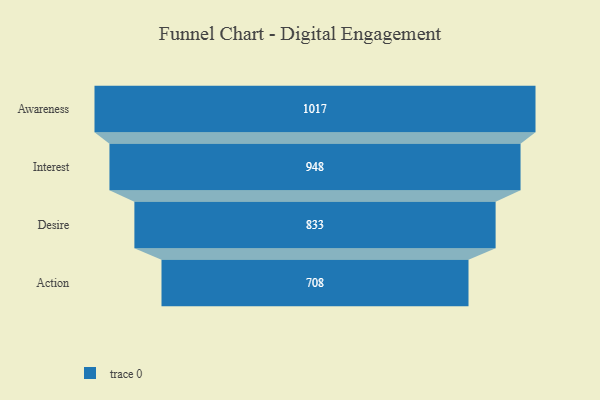
{"axis": {"x": "Stage", "y": "Value"}, "legend": [""], "data": [{"x": "Awareness", "y": 1017.0, "type": ""}, {"x": "Interest", "y": 948.0, "type": ""}, {"x": "Desire", "y": 833.0, "type": ""}, {"x": "Action", "y": 708.0, "type": ""}]}